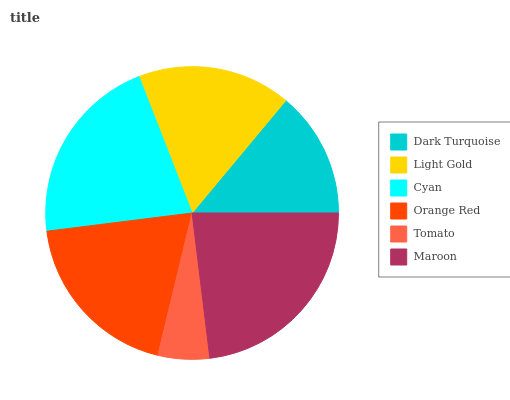
| Dark Turquoise | Light Gold | Cyan | Orange Red | Tomato | Maroon |
 | --- | --- | --- | --- | --- | --- |
 | 13.9% | 17% | 21% | 19.3% | 5.68% | 23.1% |